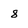
Character: 8